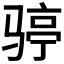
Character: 𩨆